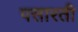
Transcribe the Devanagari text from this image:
पसारती